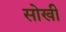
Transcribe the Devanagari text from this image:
सोखी